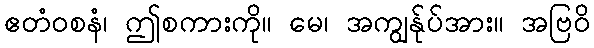
ဧတံဝစနံ၊ ဤစကားကို။ မေ၊ အကျွန်ုပ်အား။ အဗြဝိ